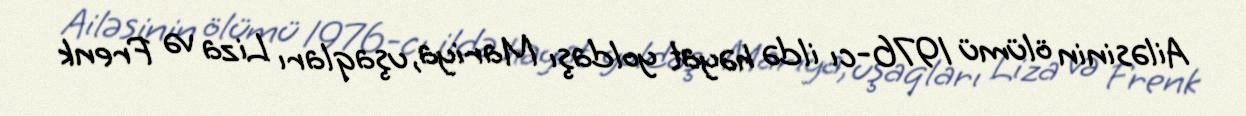
Ailəsinin ölümü 1976-cı ildə həyat yoldaşı Mariya, uşaqları Liza və Frenk